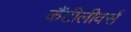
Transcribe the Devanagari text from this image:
कैंटीलीवर्स